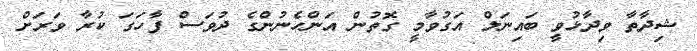
ޝިދާތާ ވިދާޅުވީ ބައިނަލް އަގުވާމީ ގޮތުން އަންހެނުންގެ ދުވަސް ފާހަގަ ކުރާ ވަރަށް